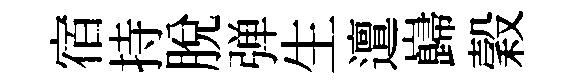
宿持脫弹生邅巋穀